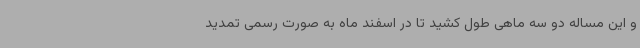
و این مساله دو سه ماهی طول کشید تا در اسفند ماه به صورت رسمی تمدید